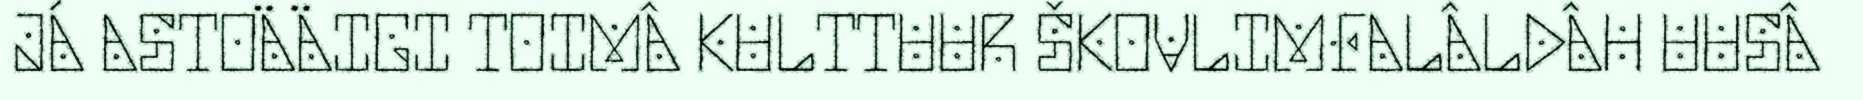
JÁ ASTOÄÄIGI TOIMÂ KULTTUUR ŠKOVLIMFALÂLDÂH UUSÂ